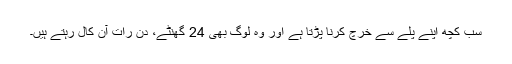
سب کچھ اپنے پلے سے خرچ کرنا پڑتا ہے اور وہ لوگ بھی 24 گھنٹے، دن رات آن کال رہتے ہیں۔